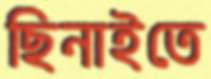
ছিনাইতে